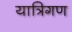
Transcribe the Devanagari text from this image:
यात्रिगण